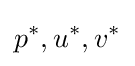
p^{*},u^{*},v^{*}